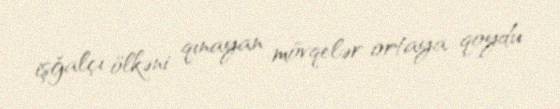
işğalçı ölkəni qınayan mövqelər ortaya qoydu.